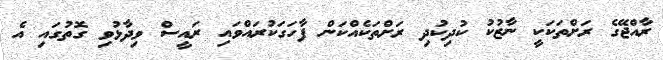
ރާއްޖޭގެ ރަށްތަކަކީ ނާޒުކު ކުދިކުދި ރަށްތަކެއްކަން ފާހަގަކުރައްވައި ރައީސް ވިދާޅުވި ގޮތުގައި އެ